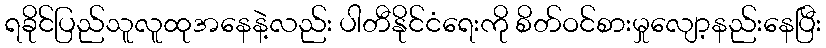
ရခိုင်ပြည်သူလူထုအနေနဲ့လည်း ပါတီနိုင်ငံရေးကို စိတ်ဝင်စားမှုလျော့နည်းနေပြီး